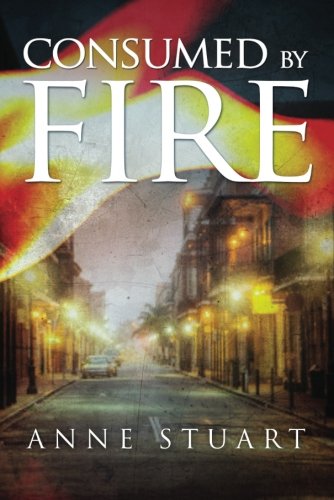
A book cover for Consumed by Fire (The Fire Series); Anne Stuart; Literature & Fiction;